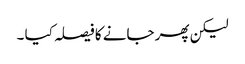
لیکن پھر جانے کا فیصلہ کیا ۔